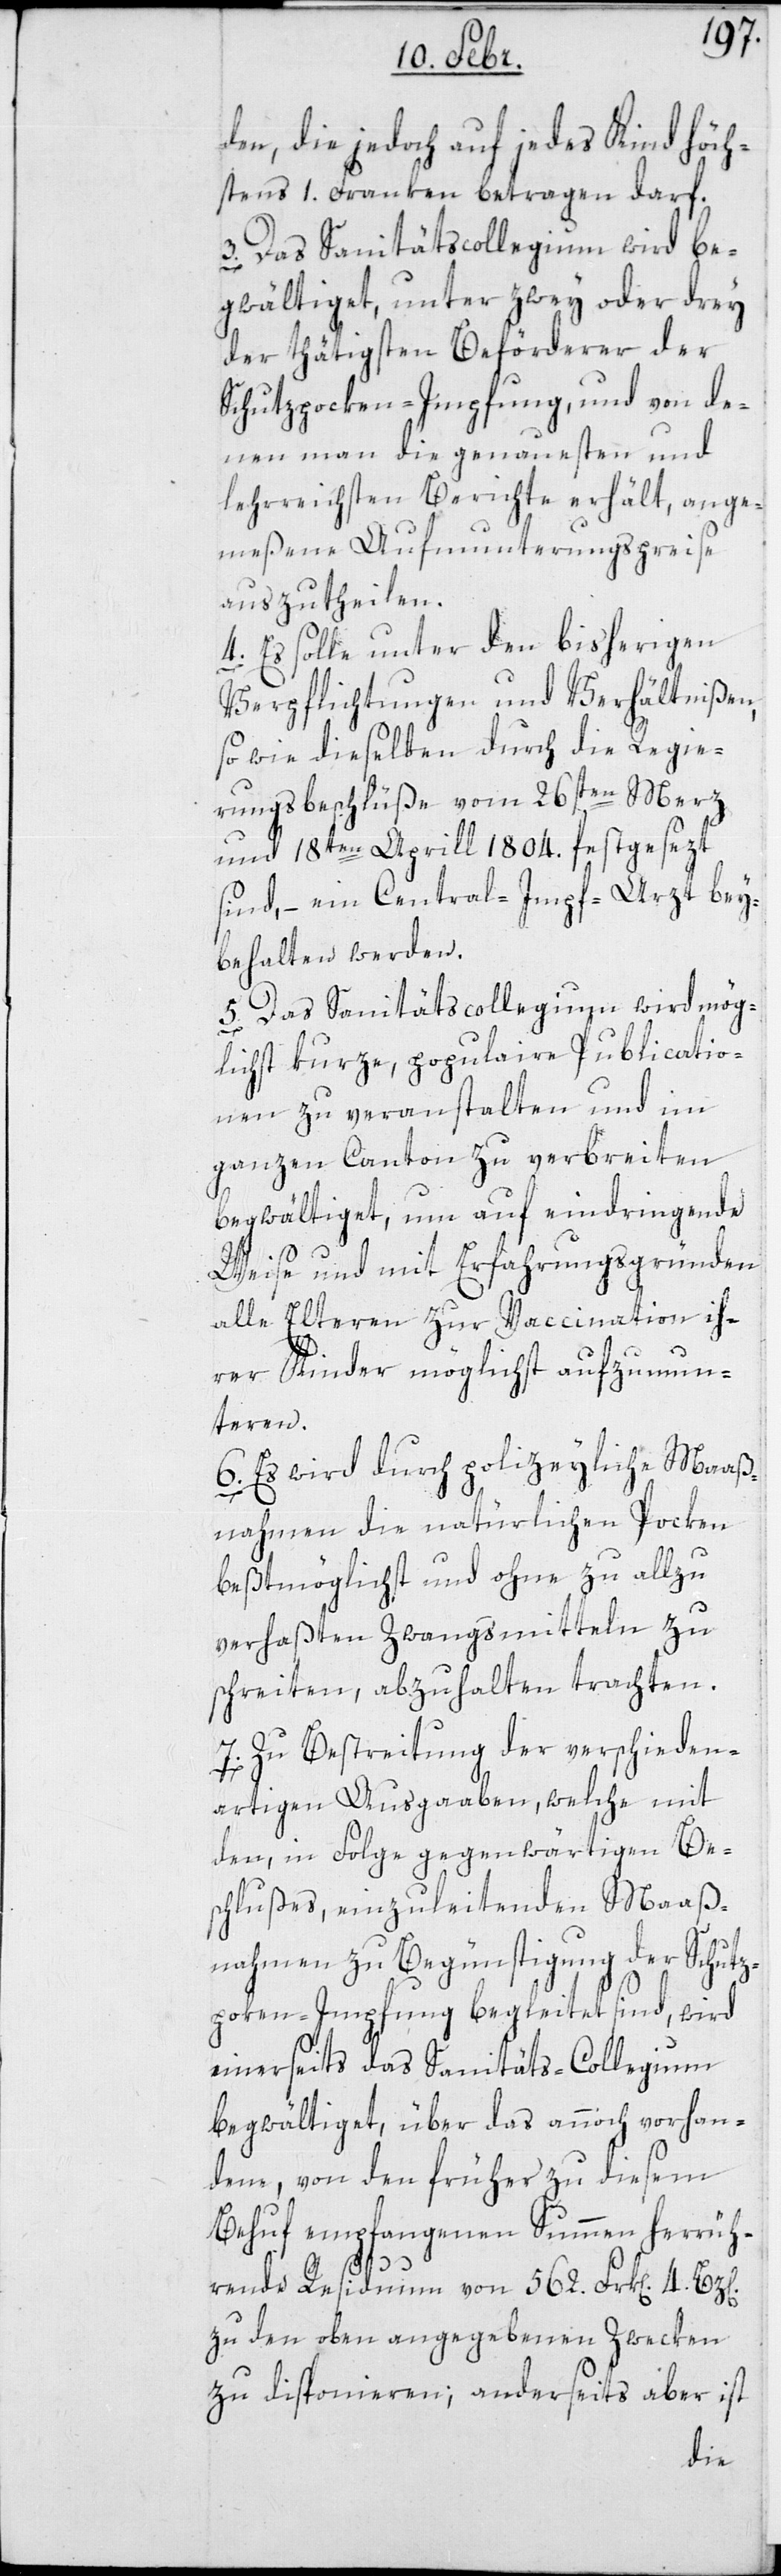
den, die jedoch auf jedes Kind höch¬
stens 1. Franken betragen darf.
3. Das Sanitätscollegium wird be¬
gwältiget, unter zwey oder drey
der thätigsten Beförderen der
Schutzpocken-Impfung, und von de¬
nen man die genauesten und
lehrreichsten Berichte erhält, ange¬
meßene Aufmunterungspreise
auszutheilen.
4. Es solle unter den bisherigen
Verpflichtungen und Verhältnißen,
so wie dieselben durch die Regie¬
rungsbeschlüße vom 26sten Merz
und 18ten April 1804. festgesezt
sind, – ein Central-Impf-Arzt bey¬
behalten werden.
5. Das Sanitätscollegium wird mög¬
lichst kurze, populaire Publicatio¬
nen zu veranstalten und im
ganzen Canton zu verbreiten
begwältiget, um auf eindringende
Weise und mit Erfahrungsgründen
alle Elteren zur Vaccination ih¬
rer Kinder möglichst aufzumun¬
teren.
6. Es wird durch polizeyliche Maaß¬
nahmen die natürlichen Pocken
bestmöglichst und ohne zu allzu
verhaßten Zwangsmitteln zu
schreiten, abzuhalten trachten.
7. Zu Bestreitung der verschieden¬
artigen Ausgaaben, welche mit
den, in Folge gegenwärtigen Be¬
schlußes, einzuleitenden Maaß¬
nahmen zu Begünstigung der Schutz¬
poken-Impfung begleitet sind, wird
einerseits das Sanitätscollegium
begwältiget, über das annoch vorhan¬
dene, von den früher zu diesem
Behuf empfangenen Summen herrüh¬
rende Residuum von 562. Frk[en]. 4
zu den oben angegebenen Zwecken
zu disponieren; anderseits aber ist